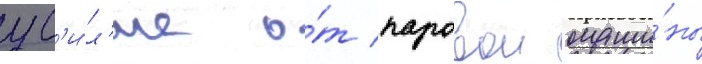
ус'и́л'ие о́т паровои маши́ны